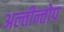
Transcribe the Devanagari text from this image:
अल्तीन्तोप